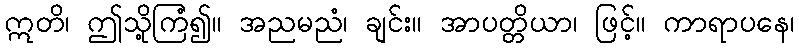
ဣတိ၊ ဤသို့ကြံ၍။ အညမညံ၊ ချင်း။ အာပတ္တိယာ၊ ဖြင့်။ ကာရာပနေ၊